Note on the mental hospitals in Burma - 1925-1940
Year: 1925
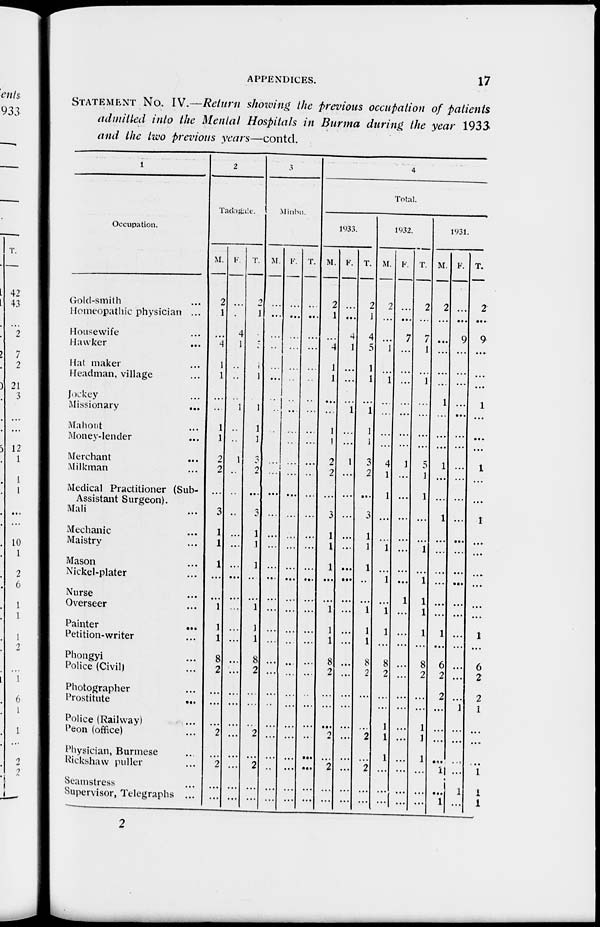
APPENDICES.
17
STATEMENT No. IV.—Return showing the previous occupation of patients
admitted into the Mental Hospitals in Burma during the year 1933
and the two previous years—contd.
1
Occupation.
Gold-smith ...
Homeopathic physician ...
Housewife ...
Hawker ...
Hat maker ...
Headman, village ...
Jockey ...
Missionary
...
Mahout ...
Money-lender ...
Merchant ...
Milkman ...
Medical Practitioner (Sub-
Assistant Surgeon).
Mali ...
Mechanic ...
Maistry ...
Mason ...
Nickel-plater ...
Nurse ...
Overseer ...
Painter
...
Petition-writer ...
Phongyi ...
Police (Civil) ...
Photographer ...
Prostitute
...
Police (Railway) ...
Peon (office) ...
Physician, Burmese ...
Rickshaw puller ...
Seamstress ...
Supervisor, Telegraphs ...
2
Tadagale.
M.
2
1
...
4
1
1
...
...
1
1
2
2
...
3
1
1
1
...
...
1
1
1
8
2
...
...
...
2
...
2
...
...
F.
...
...
4
1
..
..
...
1
...
...
1
...
..
...
...
...
...
...
...
...
...
...
...
...
...
...
...
...
...
...
...
...
T.
2
1
4
5
1
1
...
1
1
1
3
2
...
3
1
1
1
...
...
1
1
1
8
2
...
...
...
2
...
2
...
...
3
Minbu.
M.
...
...
...
..
...
...
...
..
...
...
...
...
...
...
...
...
...
...
...
...
...
...
...
...
...
...
...
...
...
...
...
...
F.
...
...
...
...
...
...
...
...
...
...
...
...
...
...
...
...
...
...
...
...
...
..
...
...
...
...
...
...
...
...
...
...
T.
...
...
...
...
...
...
...
...
...
...
...
..
...
...
...
...
...
...
...
...
...
...
...
...
...
...
...
..
...
...
...
...
4
Total.
1933.
M.
2
1
...
4
1
1
...
...
1
1
...
2
...
3
1
1
1
...
...
1
1
1
8
2
...
...
...
2
...
2
...
...
F.
...
...
4
1
...
...
...
1
...
...
1
...
...
...
...
...
...
...
...
...
...
...
...
...
...
...
...
...
..
...
...
...
T.
2
1
4
5
1
1
...
1
1
1
3
2
...
3
1
1
1
...
...
1
1
1
8
2
...
...
...
2
...
2
...
...
1932.
M.
2
...
...
1
...
1
...
...
...
...
4
1
1
...
1
...
1
...
1
1
...
8
2
...
...
1
1
1
...
...
...
F.
...
...
7
...
...
...
...
...
...
...
1
...
...
...
...
...
...
...
1
...
...
...
...
...
...
...
...
...
...
...
...
...
T.
2
...
7
1
...
1
...
...
...
...
5
1
1
...
...
1
...
1
1
1
1
...
8
2
...
...
1
1
1
...
...
...
1931.
M.
2
...
...
...
...
...
1
...
...
...
1
...
...
1
...
...
...
...
...
...
1
...
6
2
2
...
...
...
...
1
...
1
F.
...
...
9
...
...
...
...
...
...
...
...
...
...
...
...
...
...
...
...
...
...
...
...
...
...
1
...
...
...
...
1
...
T.
2
...
9
...
...
...
1
...
...
...
1
...
...
1
...
...
...
...
...
...
1
...
6
2
2
1
...
...
...
1
1
1
2